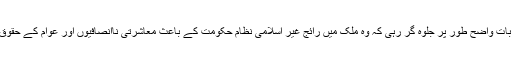
ان کے کلام میں منفرد بات واضح طور پر جلوہ گر رہی کہ وہ ملک میں رائج غیر اسلامی نظام حکومت کے باعث معاشرتی ناانصافیوں اور عوام کے حقوق کی پامالی کا درد ہے۔